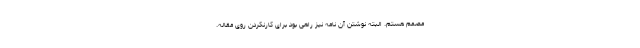
مصمم هستم. البته نوشتنِ آن نامه نیز راهی بود برای کارنکردن روی مقاله.